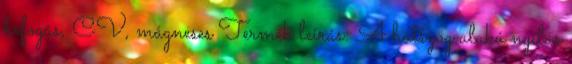
befogás, CV, mágneses Termék leírás: A hatszög alakú nyílás